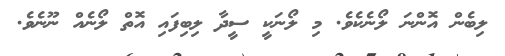
ލިބެން އޮންނަ ލޯނެކެވެ. މި ލޯނަކީ ސީދާ ލިބިފައި އޮތް ލޯނެއް ނޫނެވެ.